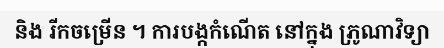
និង រីកចម្រើន ។ ការបង្កកំណើត នៅក្នុង ភ្រូណាវិទ្យា